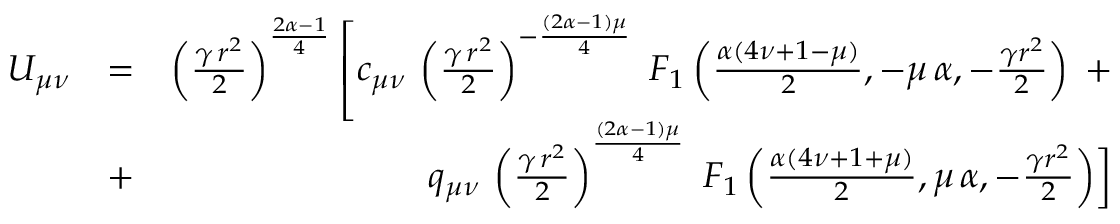
\begin{array} { r l r } { U _ { \mu \nu } } & { = } & { \left( { \frac { \gamma \, r ^ { 2 } } { 2 } } \right) ^ { \frac { 2 \alpha - 1 } { 4 } } \left[ c _ { \mu \nu } \, \left( { \frac { \gamma \, r ^ { 2 } } { 2 } } \right) ^ { - \frac { ( 2 \alpha - 1 ) \mu } { 4 } } \; F _ { 1 } \left( \frac { \alpha ( 4 \nu + 1 - \mu ) } { 2 } , - \mu \, \alpha , - \frac { \gamma r ^ { 2 } } { 2 } \right) \right. \, + } \\ & { + } & { q _ { \mu \nu } \, \left( { \frac { \gamma \, r ^ { 2 } } { 2 } } \right) ^ { \frac { ( 2 \alpha - 1 ) \mu } { 4 } } \, \left. F _ { 1 } \left( \frac { \alpha ( 4 \nu + 1 + \mu ) } { 2 } , \mu \, \alpha , - \frac { \gamma r ^ { 2 } } { 2 } \right) \right] } \end{array}